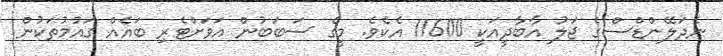
ނެދަލޭންޑްސްގެ ޖަލު އާބާދީއަކީ 11600 އެކެވެ. މީގެ ސަބަބުން އަވަށްޓެރި ބައެއް ގައުމުތަކުން